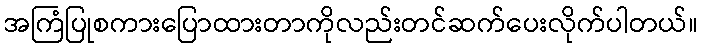
အကြံပြုစကားပြောထားတာကိုလည်းတင်ဆက်ပေးလိုက်ပါတယ်။